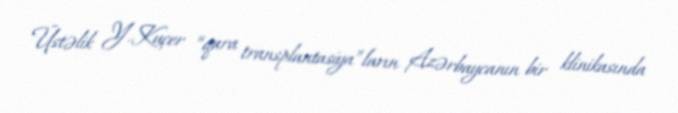
Üstəlik Y.Kuçer “qara transplantasiya”ların Azərbaycanın bir klinikasında